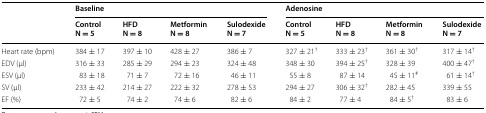
<table><thead><tr><td rowspan="2"></td><td colspan="4"><b>Baseline</b></td><td colspan="4"><b>Adenosine</b></td></tr><tr><td><b>ControlN = 5</b></td><td><b>HFDN = 8</b></td><td><b>MetforminN = 8</b></td><td><b>SulodexideN = 7</b></td><td><b>ControlN = 5</b></td><td><b>HFDN = 8</b></td><td><b>MetforminN = 8</b></td><td><b>SulodexideN = 7</b></td></tr></thead><tbody><tr><td>Heart rate (bpm)</td><td>384 ± 17</td><td>397 ± 10</td><td>428 ± 27</td><td>386 ± 7</td><td>327 ± 21<sup>†</sup></td><td>333 ± 23<sup>†</sup></td><td>361 ± 30<sup>†</sup></td><td>317 ± 14<sup>†</sup></td></tr><tr><td>EDV (μl)</td><td>316 ± 33</td><td>285 ± 29</td><td>294 ± 23</td><td>324 ± 48</td><td>348 ± 30</td><td>394 ± 25<sup>†</sup></td><td>328 ± 39</td><td>400 ± 47<sup>†</sup></td></tr><tr><td>ESV (μl)</td><td>83 ± 18</td><td>71 ± 7</td><td>72 ± 16</td><td>46 ± 11</td><td>55 ± 8</td><td>87 ± 14</td><td>45 ± 11<sup>#</sup></td><td>61 ± 14<sup>†</sup></td></tr><tr><td>SV (μl)</td><td>233 ± 42</td><td>214 ± 27</td><td>222 ± 32</td><td>278 ± 53</td><td>294 ± 27</td><td>306 ± 32<sup>†</sup></td><td>282 ± 45</td><td>339 ± 55</td></tr><tr><td>EF (%)</td><td>72 ± 5</td><td>74 ± 2</td><td>74 ± 6</td><td>82 ± 6</td><td>84 ± 2</td><td>77 ± 4</td><td>84 ± 5<sup>†</sup></td><td>83 ± 6</td></tr></tbody></table>